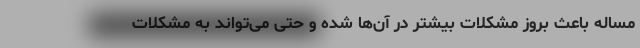
مساله باعث بروز مشکلات بیشتر در آن‌ها شده و حتی می‌تواند به مشکلات